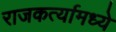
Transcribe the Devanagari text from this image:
राजकर्त्यामध्ये